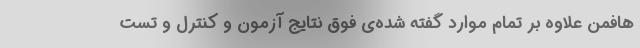
هافمن علاوه بر تمام موارد گفته شده‌ی فوق نتایج آزمون و کنترل و تست